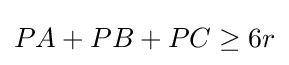
PA+PB+PC\geq 6r